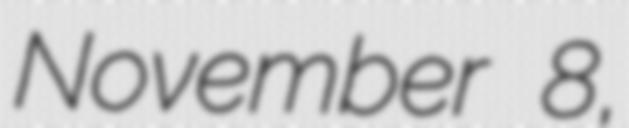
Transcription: November 8,